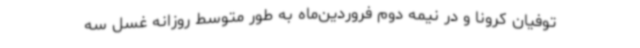
توفیان کرونا و در نیمه دوم فروردین‌ماه به طور متوسط روزانه غسل سه